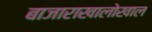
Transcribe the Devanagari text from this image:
बाजाराखालोखाल